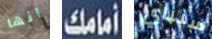
انها أمامك سنباي